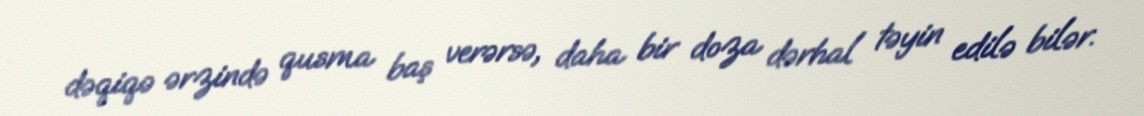
dəqiqə ərzində qusma baş verərsə, daha bir doza dərhal təyin edilə bilər.